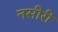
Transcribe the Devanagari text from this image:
नसीरी